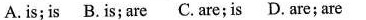
A. is; is B.is;are C.are;is D.are;are